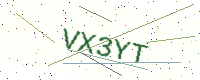
Text: VX3YT